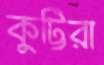
কুট্টিরা